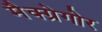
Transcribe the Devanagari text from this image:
मैक्ग्रेगोर